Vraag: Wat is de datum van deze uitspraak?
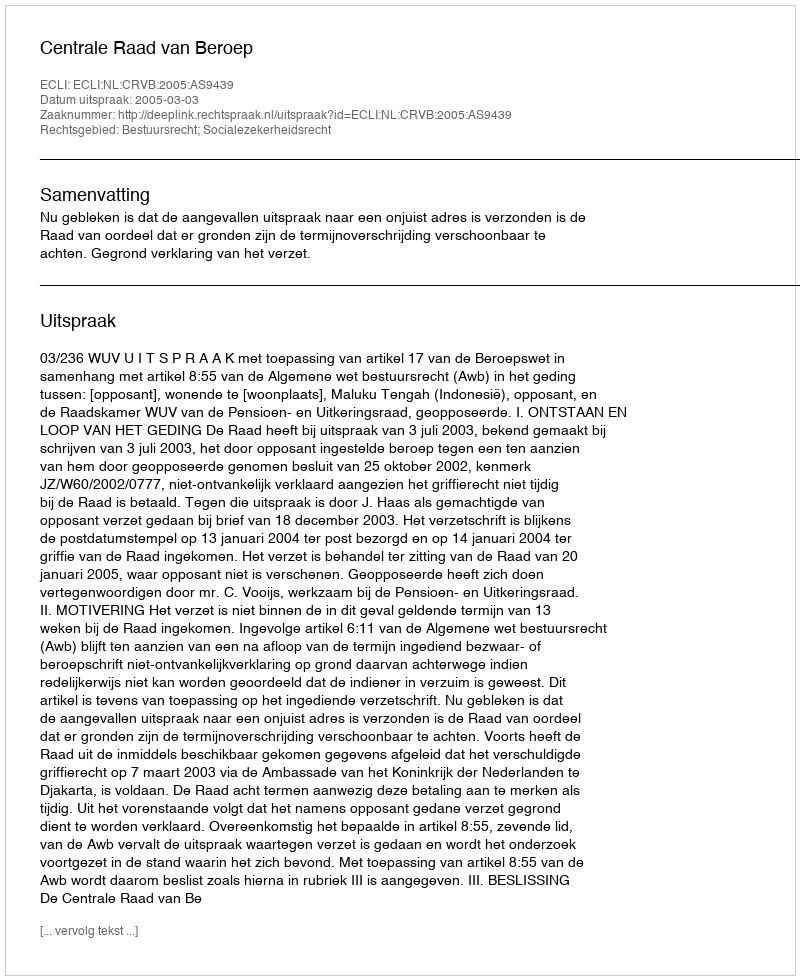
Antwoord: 2005-03-03